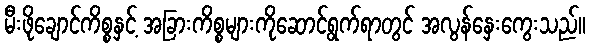
မီးဖိုချောင်ကိစ္စနှင့် အခြားကိစ္စများကိုဆောင်ရွက်ရာတွင် အလွန်နှေးကွေးသည်။